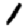
Digit: 1